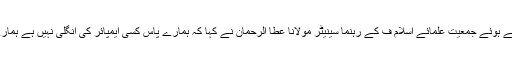
ہم نیوز کے پروگرام ندیم ملک لائیو میں بات کرتے ہوئے جمعیت علمائے اسلام ف کے رہنما سینیٹر مولانا عطا الرحمان نے کہا کہ ہمارے پاس کسی ایمپائر کی انگلی نہیں ہے ہمارے ساتھ عوام ہے اور ہم عوام کے ساتھ نکلیں گے۔